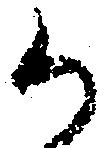
か